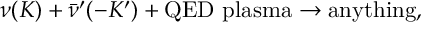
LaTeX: \nu ( K ) + \bar { \nu } ^ { \prime } ( - K ^ { \prime } ) + \mathrm { Q E D ~ p l a s m a } \to \mathrm { a n y t h i n g } ,